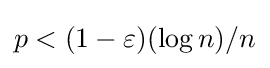
p<(1-\varepsilon )(\log n)/n